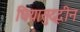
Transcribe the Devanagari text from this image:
घियासुद्दीन